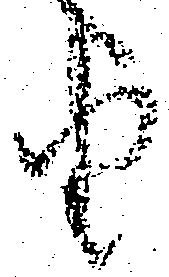
由